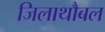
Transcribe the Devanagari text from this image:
जिलाथौबल